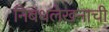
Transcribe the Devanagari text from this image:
निबंधलेखनाची